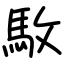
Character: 駇